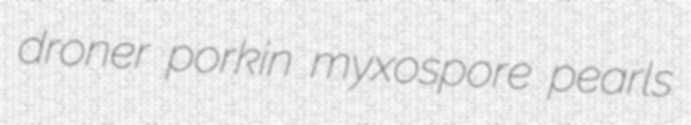
droner porkin myxospore pearls